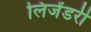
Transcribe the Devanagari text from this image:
लिजेंडरी